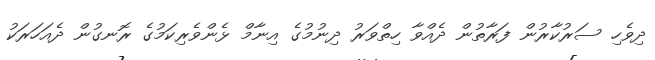
ދިވެހި ސަރުކާރުން ފަރާތުން ދެއްވާ ހިތްވަރު ދިނުމުގެ އިނާމް ޅެންވެރިކަމުގެ ރޮނގުން ދެއަހަރަކު